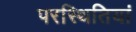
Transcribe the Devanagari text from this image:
परस्थितियां